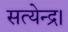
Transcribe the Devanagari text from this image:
सत्येन्द्र।